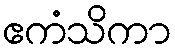
ဧကံသိကာ